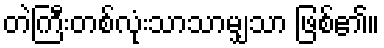
တဲကြီးတစ်လုံးသာသာမျှသာ ဖြစ်၏။